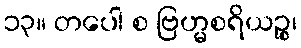
၁၃။ တပေါ စ ဗြဟ္မစရိယဉ္စ၊